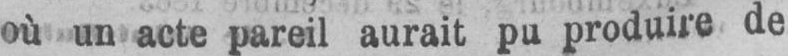
où un acte pareil aurait pu produire de